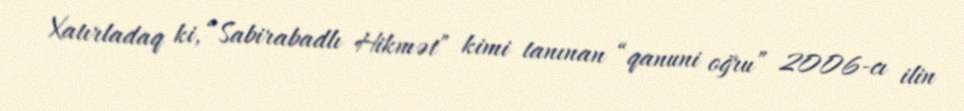
Xatırladaq ki, “Sabirabadlı Hikmət” kimi tanınan “qanuni oğru” 2006-cı ilin